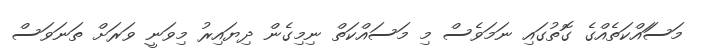
މަސަައްކަތެއްގެ ގޮތުގައި ނަމަވެސް މި މަސައްކަތް ނިމިގެން ދިޔައިރު މިވަނީ ވަރަށް ތަނަވަސް